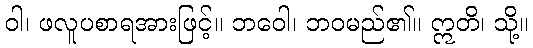
ဝါ၊ ဖလူပစာရအားဖြင့်။ ဘဝေါ၊ ဘဝမည်၏။ ဣတိ၊ သို့။